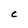
Character: C